Scottish Leaving Certificate Examination, 1951
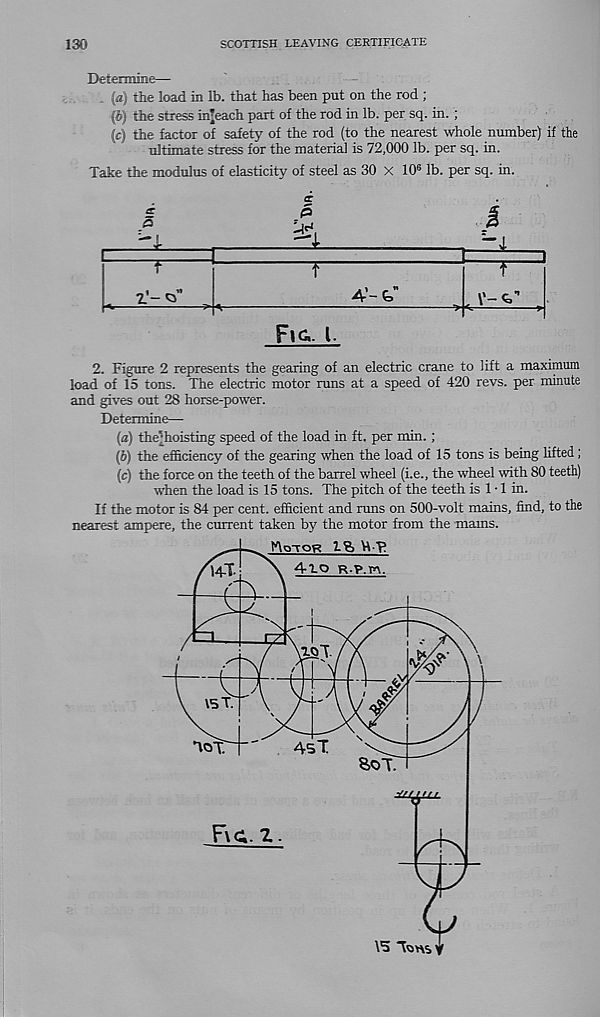
130
SCOTTISH LEAVING CERTIFICATE
Deteirmne—
(a;) the load in lb. that has been put on the rod ;
(6) the stress in|each part of the rod in lb. per sq. in. ;
(4 the factor of safety of the rod (to the nearest whole number) if the
ultimate stress for the materia] is 72,000 lb. per sq. in.
Take the modulus of elasticity of steel as 30 X 10® lb. per sq. in.
5
P
U?,
I
JlL
—r~
z'-
A’-fe”
t
Fig.- 1.
2. Figure 2 represents the gearing of an electric crane to lift a maximum
load of 15 tons. The electric motor runs at a speed of 420 revs, per minute
and gives out 28 horse-power.
Determine—
(а) the‘;hoisting speed of the load in ft. per min.;
(б) the efficiency of the gearing when the load of 15 tons is being lifted;
(c) the force on the teeth of the barrel wheel (i.e., the wheel with 80 teeth)
when the load is 15 tons. The pitch of the teeth is 1 • 1 in.
If the motor is 84 per cent, efficient and runs on 500-volt mains, find, to the
nearest ampere, the current taken by the motor from the mams.
\5 Tuns